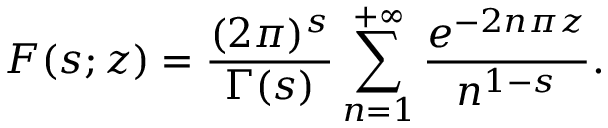
F ( s ; z ) = \frac { ( 2 \pi ) ^ { s } } { \Gamma ( s ) } \sum _ { n = 1 } ^ { + \infty } \frac { e ^ { - 2 n \pi z } } { n ^ { 1 - s } } .